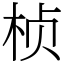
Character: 桢